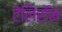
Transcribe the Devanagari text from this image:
ऐलिरॉन